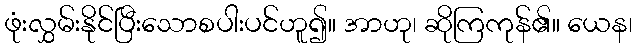
ဖုံးလွှမ်းနိုင်ပြီးသောစပါးပင်ဟူ၍။ အာဟု၊ ဆိုကြကုန်၏။ ယေန၊